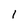
Character: 1